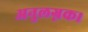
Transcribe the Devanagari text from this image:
अनुलग्नक।